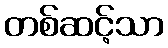
တစ်ဆင့်သာ